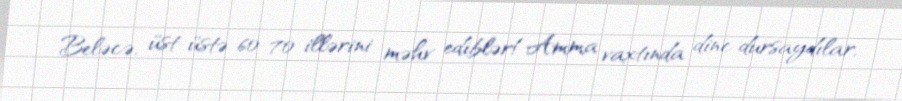
Beləcə, üst-üstə 60-70 illərini məhv ediblər!Amma vaxtında dinc dursaydılar,